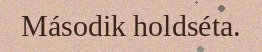
Második holdséta.